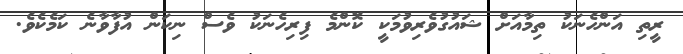
ރީތި އަންހެނަކު ތިމާއަށް ޝައުގުވެރިވުމަކީ ކޮންމެ ފިރިހެނަކު ވެސް ނިކަން އުފާވާނެ ކަމެކެވެ.